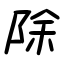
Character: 除